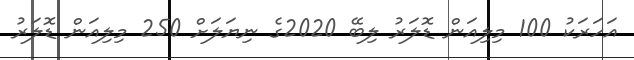
އަހަރަކު 100 މިލިއަން ޑޮލަރު ލިބޭ 2020ގެ ނިޔަލަށް 250 މިލިއަން ޑޮލަރު